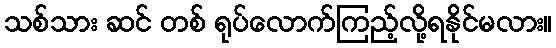
သစ်သား ဆင် တစ် ရုပ်လောက်ကြည့်လို့ရနိုင်မလား။